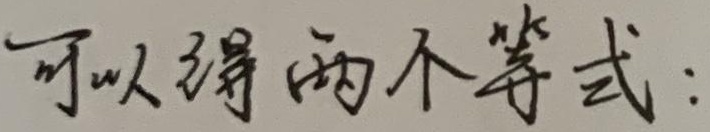
可以得两不等式：